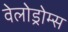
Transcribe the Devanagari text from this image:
वेलोड्रोम्स